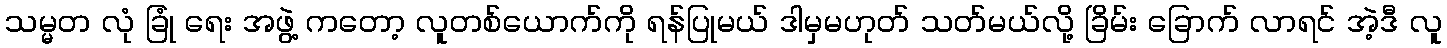
သမ္မတ လုံ ခြုံ ရေး အဖွဲ့ ကတော့ လူတစ်ယောက်ကို ရန်ပြုမယ် ဒါမှမဟုတ် သတ်မယ်လို့ ခြိမ်း ခြောက် လာရင် အဲ့ဒီ လူ